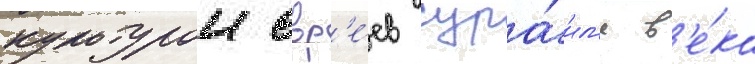
культурои евр'е́ев изра́ил'я в'е́ка